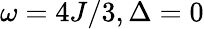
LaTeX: \omega=4J/3,\Delta=0